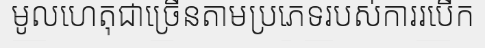
មូលហេតុជាច្រើនតាមប្រភេទរបស់ការរបើក